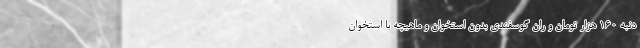
دنبه 160 هزار تومان و ران گوسفندی بدون استخوان و ماهیچه با استخوان